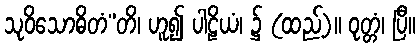
သုဝိသောဓိတံ”တိ၊ ဟူ၍ ပါဠိယံ၊ ၌ (ထည့်)။ ဝုတ္တံ၊ ပြီ။